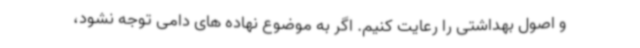
و اصول بهداشتی را رعایت کنیم. اگر به موضوع نهاده های دامی توجه نشود،